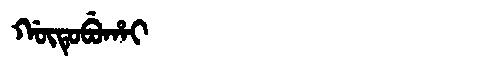
Manchu: ᡤᡡᡨᡠᠪᡠᡥᠠᡳ
Romanization: GŪTUBUHAI